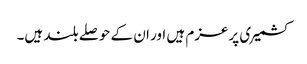
کشمیری پرعزم ہیں اور ان کے حوصلے بلند ہیں۔